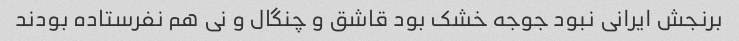
برنجش ایرانی نبود جوجه خشک بود قاشق و چنگال و نی هم نفرستاده بودند